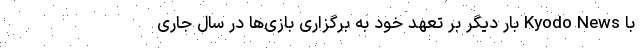
با Kyodo News بار دیگر بر تعهد خود به برگزاری بازی‌ها در سال جاری